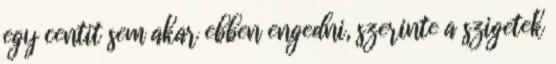
egy centit sem akar ebben engedni, szerinte a szigetek